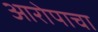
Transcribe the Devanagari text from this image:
आरोपाचा